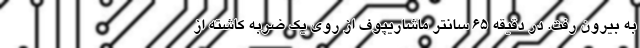
به بیرون رفت. در دقیقه ۶۵ سانتر ماشاریپوف از روی یک ضربه کاشته از